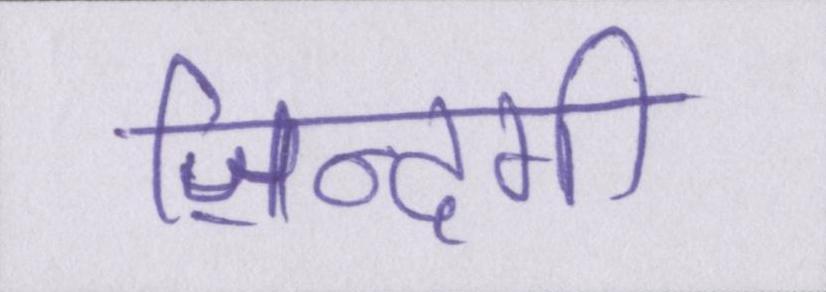
ज़िन्दगी